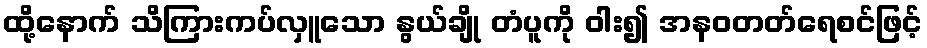
ထို့နောက် သိကြားကပ်လှူသော နွယ်ချို တံပူကို ဝါး၍ အနဝတတ်ရေစင်ဖြင့်